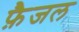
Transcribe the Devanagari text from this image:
फ़ैजल